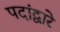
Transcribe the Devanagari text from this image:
पदांद्वारे